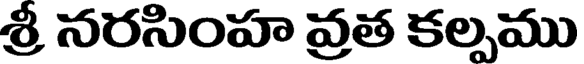
శ్రీ నరసింహ వ్రత కల్పము